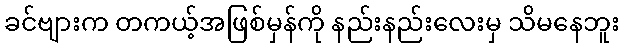
ခင်ဗျားက တကယ့်အဖြစ်မှန်ကို နည်းနည်းလေးမှ သိမနေဘူး